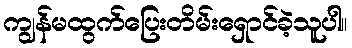
ကျွန်မထွက်ပြေးတိမ်းရှောင်ခဲ့သူပါ။